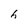
Character: h